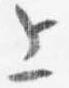
上